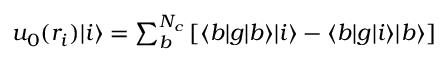
\begin{array} { r } { u _ { 0 } ( r _ { i } ) | i \rangle = \sum _ { b } ^ { N _ { c } } \left[ \langle b | g | b \rangle | i \rangle - \langle b | g | i \rangle | b \rangle \right] } \end{array}